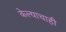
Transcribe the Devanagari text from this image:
केल्याचाही